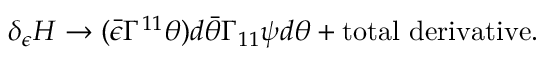
\delta _ { \epsilon } { \cal H } \rightarrow ( \bar { \epsilon } \Gamma ^ { 1 1 } \theta ) d \bar { \theta } \Gamma _ { 1 1 } \psi d \theta + \mathrm { t o t a l \, \, d e r i v a t i v e } .